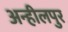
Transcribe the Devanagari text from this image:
अन्हीलपुर